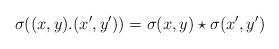
LaTeX: \begin{align*}\sigma((x,y).(x^{\prime},y^{\prime}))=\sigma(x,y)\star\sigma(x^{\prime},y^{\prime})\end{align*}